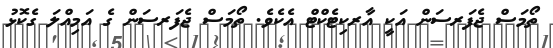
ތޯމަސް ޖެފަރސަން އަކީ އާރކިޓެކްޓް އެކެވެ. ތޯމަސް ޖެފަރސަން ގެ އަމިއްލަ ގެކޮޅު